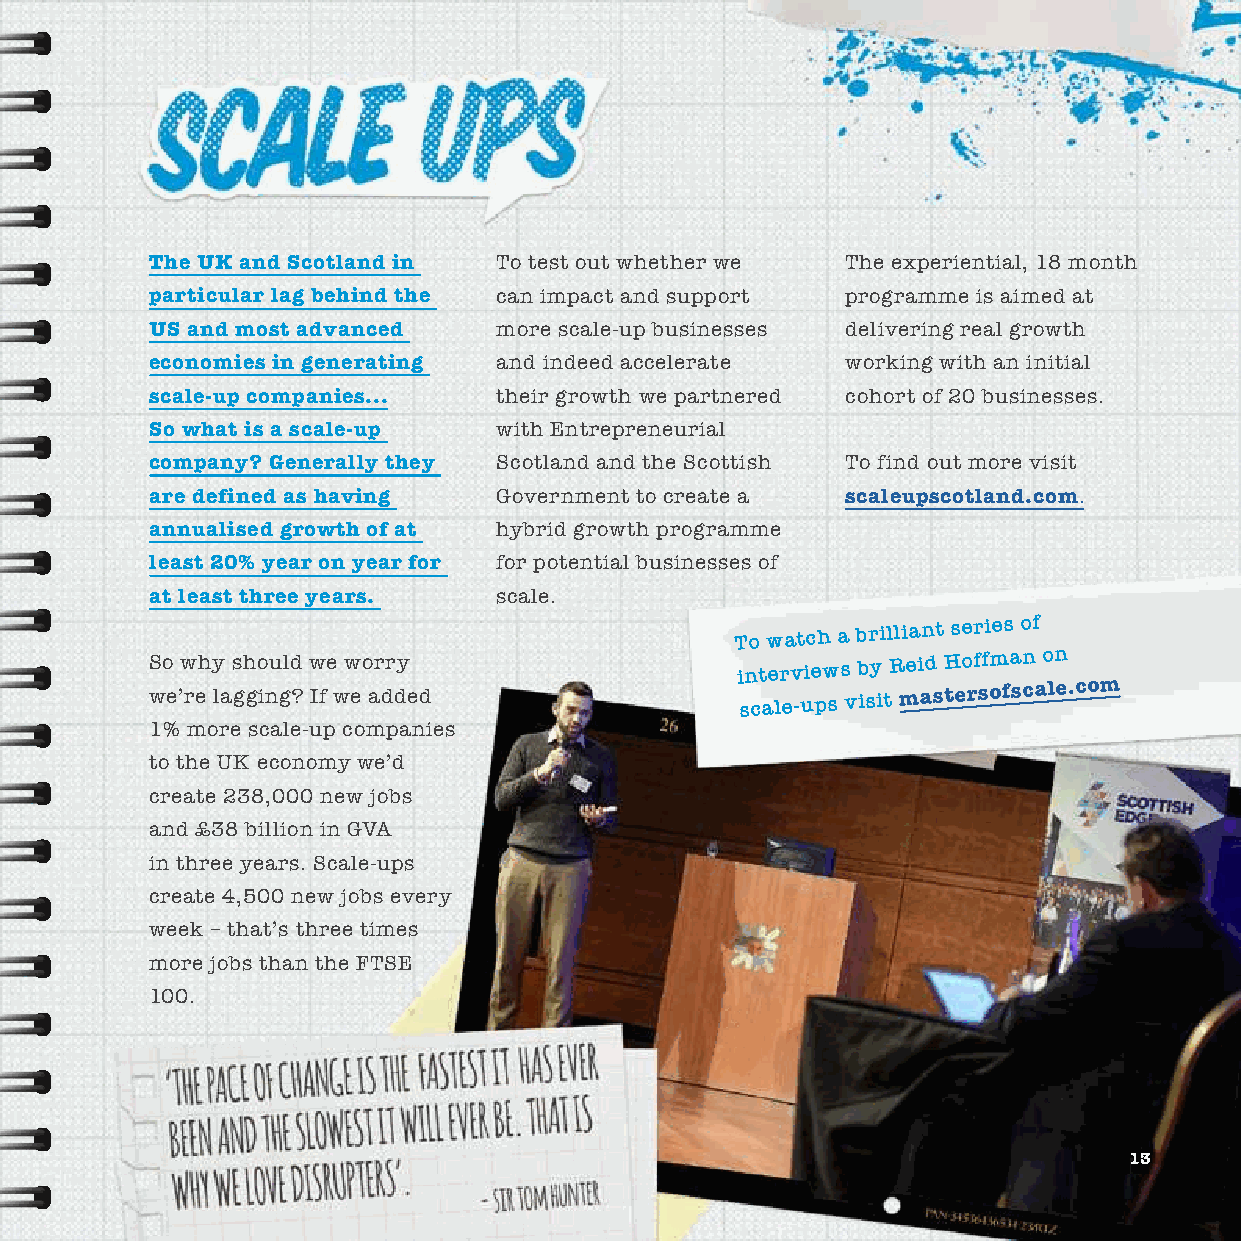
The UK and Scotland in To test out whether we The experiential, 18 month
 particular lag behind the can impact and support programme is aimed at
 US and most advanced   more scale-up businesses delivering real growth
 economies in generating and indeed accelerate working with an initial
 scale-up companies...  their growth we partnered cohort of 20 businesses.
 So what is a scale-up  with Entrepreneurial
 company? Generally they Scotland and the Scottish To find out more visit
 are defined as having  Government to create a scaleupscotland.com.
 annualised growth of at hybrid growth programme
 least 20% year on year for for potential businesses of
 at least three years.  scale.
 To watch a
 brilliant series of
 So why should we worry                 interviews by Reid Hoffman on
 we’re lagging? If we added             scale-ups visit
 mastersofscale.com
 1% more scale-up companies
 to the UK economy we’d
 create 238,000 new jobs
 and £38 billion in GVA
 in three years. Scale-ups
 create 4,500 new jobs every
 week – that’s three times
 more jobs than the FTSE
 100.
 13